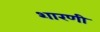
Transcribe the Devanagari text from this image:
शारणी